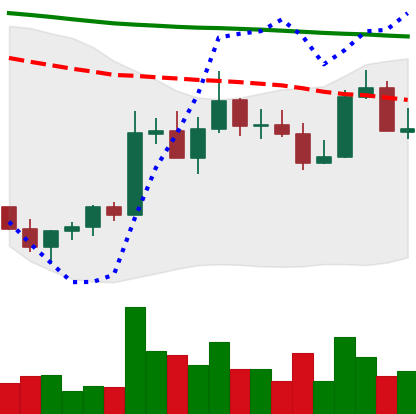
Ticker: ADA-USD
Chart end date: 2022-11-07
Forward return: -16.107%
Label: down_7plus